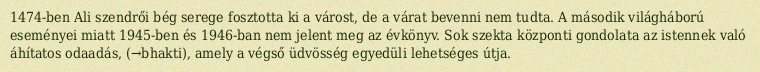
1474-ben Ali szendrői bég serege fosztotta ki a várost, de a várat bevenni nem tudta. A második világháború eseményei miatt 1945-ben és 1946-ban nem jelent meg az évkönyv. Sok szekta központi gondolata az istennek való áhítatos odaadás, (→bhakti), amely a végső üdvösség egyedüli lehetséges útja.